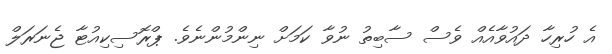
އެ ހުރިހާ ދައުވާއެއް ވެސް ސާބިތު ނުވާ ކަމަށް ނިންމުންނެވެ. ޕްރޮސިކިއުޓާ ޖެނަރަލް